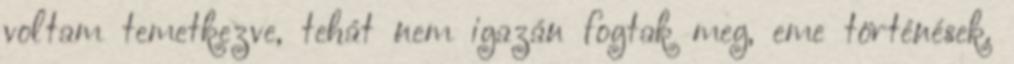
voltam temetkezve, tehát nem igazán fogtak meg, eme történések.